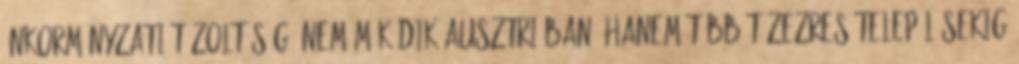
önkormányzati tűzoltóság, nem működik Ausztriában, hanem több tízezres településekig